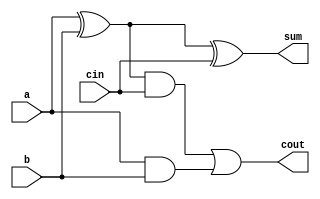
`timescale 1ns / 1ps

module full_adder(sum, cout, a, b, cin);

//data type declaration
input a, b, cin;
output sum, cout;
// behavior description

wire x,y,z;
xor i1(x,a,b);
xor i2(sum,x,cin);
and i3(y,x,cin);
and i4(z,a,b);
or i5(cout,y,z);

endmodule

module _4bit_adder_structural(sum, cout, a, b, cin);

//data type declaration
output [3:0]sum;
output cout;
input [3:0]a, b;
input cin;
// behavior description

full_adder fa0(.sum(sum[0]),.cout(c0),.a(a[0]),.b(b[0]),.cin(cin));
full_adder fa1(.sum(sum[1]),.cout(c1),.a(a[1]),.b(b[1]),.cin(c0));
full_adder fa2(.sum(sum[2]),.cout(c2),.a(a[2]),.b(b[2]),.cin(c1));
full_adder fa3(.sum(sum[3]),.cout(cout),.a(a[3]),.b(b[3]),.cin(c2));

endmodule